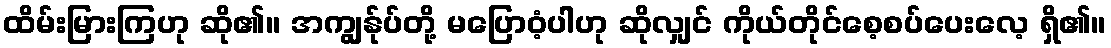
ထိမ်းမြားကြဟု ဆို၏။ အကျွန်ုပ်တို့ မပြောဝံ့ပါဟု ဆိုလျှင် ကိုယ်တိုင်စေ့စပ်ပေးလေ့ ရှိ၏။